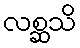
လစ္ဆသိ